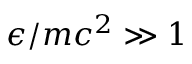
\epsilon / m c ^ { 2 } \gg 1